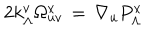
2 k _ { \Lambda } ^ { v } \Omega _ { u v } ^ { x } \, = \, \nabla _ { u } P _ { \Lambda } ^ { x }